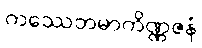
ကဿေတမာကိဏ္ဏဇနံ